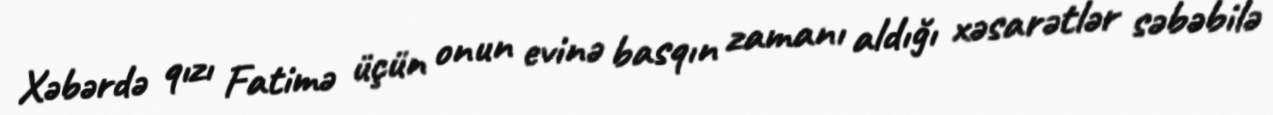
Xəbərdə qızı Fatimə üçün onun evinə basqın zamanı aldığı xəsarətlər səbəbilə